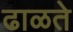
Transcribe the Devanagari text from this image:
ढाळते